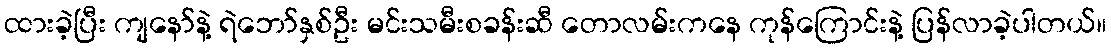
ထားခဲ့ပြီး ကျနော်နဲ့ ရဲဘော်နှစ်ဦး မင်းသမီးစခန်းဆီ တောလမ်းကနေ ကုန်ကြောင်းနဲ့ ပြန်လာခဲ့ပါတယ်။